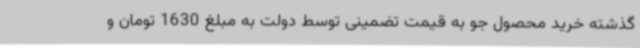
گذشته خرید محصول جو به قیمت تضمینی توسط دولت به مبلغ 1630 تومان و